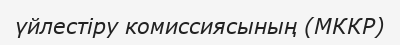
үйлестіру комиссиясының (МККР)